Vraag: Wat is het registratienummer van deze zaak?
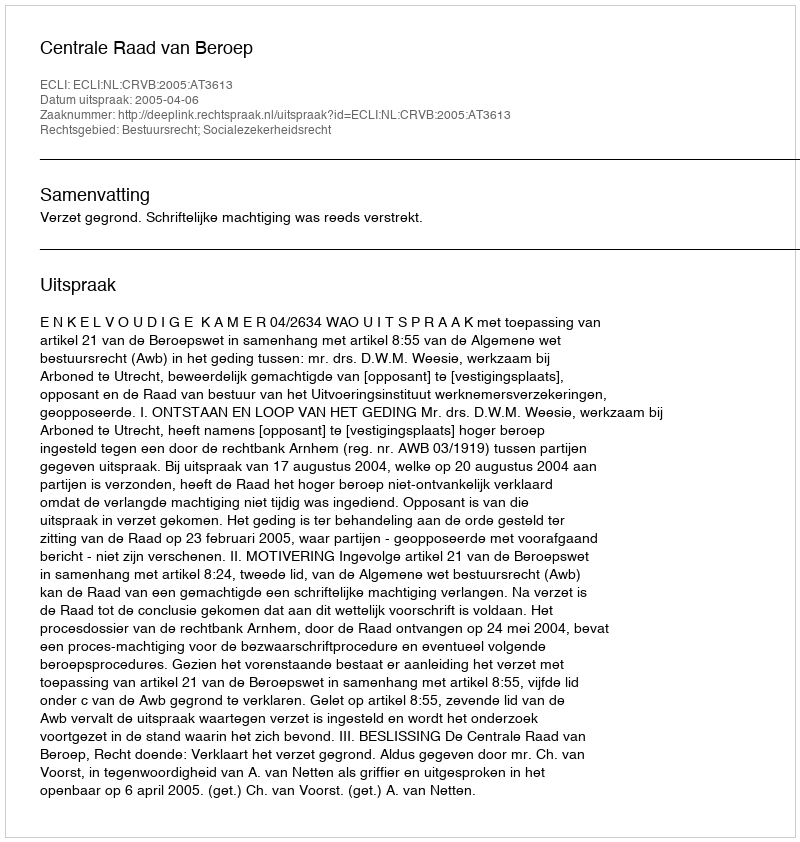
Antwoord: http://deeplink.rechtspraak.nl/uitspraak?id=ECLI:NL:CRVB:2005:AT3613